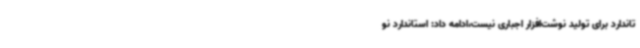
تاندارد برای تولید نوشت‌افزار اجباری نیست،ادامه داد: استاندارد نو